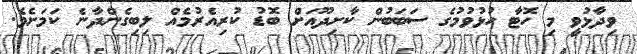
ވިދާޅުވީ މި ހޮޓާ ހުޅުވުމުގެ ސަބަބުން ކާށިދޫއަށް ބޮޑު ކުރިއެރުމެއް ލިބިގެންދާނެ ކަމަށެވެ.